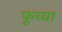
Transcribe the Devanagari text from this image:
फूच्या